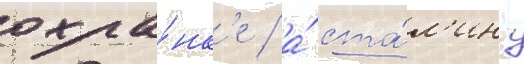
охра́нк'е / а́ ста́л'ину